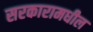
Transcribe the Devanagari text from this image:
सरकारामधील